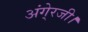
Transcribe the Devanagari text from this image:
अंगे्रजी।